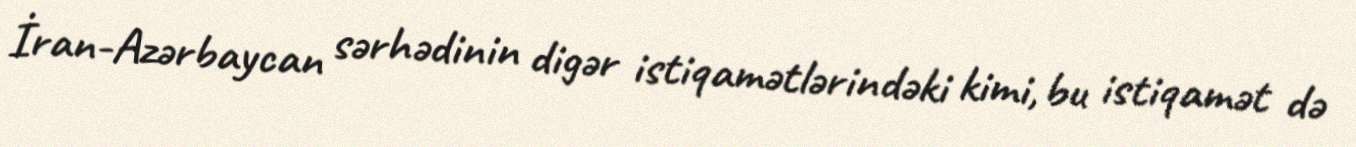
İran-Azərbaycan sərhədinin digər istiqamətlərindəki kimi, bu istiqamət də